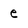
Character: e